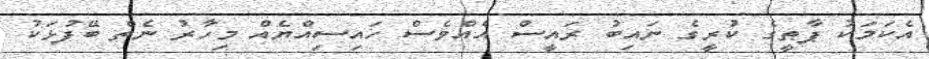
އެކަމަކު ޕާޠީގެ ކުރީގެ ނައިބު ރައީސް އެއްވެސް ހައިސިއްޔެއް މިހާރު ނެތް ބޭފުޅަކު